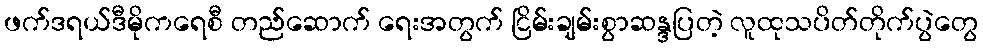
ဖက်ဒရယ်ဒီမိုကရေစီ တည်ဆောက် ရေးအတွက် ငြိမ်းချမ်းစွာဆန္ဒပြတဲ့ လူထုသပိတ်တိုက်ပွဲတွေ